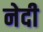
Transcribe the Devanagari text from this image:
नेदी